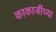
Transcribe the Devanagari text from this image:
काकाजींच्या